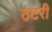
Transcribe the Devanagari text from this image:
ठटरी